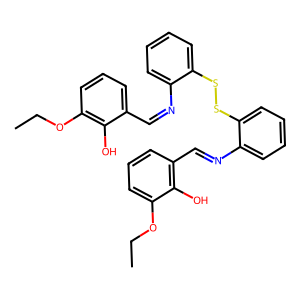
SMILES: CCOc1cccc(C=Nc2ccccc2SSc2ccccc2N=Cc2cccc(OCC)c2O)c1O
Inhibits HIV replication: No